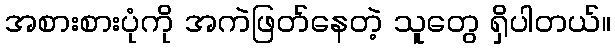
အစားစားပုံကို အကဲဖြတ်နေတဲ့ သူတွေ ရှိပါတယ်။